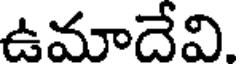
ఉమాదేవి.